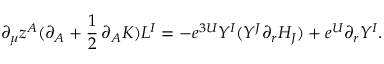
\partial _ { \mu } z ^ { A } ( \partial _ { A } + { \frac { 1 } { 2 } } \, \partial _ { A } K ) L ^ { I } = - e ^ { 3 U } Y ^ { I } ( { Y } ^ { J } \partial _ { r } H _ { J } ) + e ^ { U } \partial _ { r } Y ^ { I } .